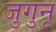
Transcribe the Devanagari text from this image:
जुगुनू